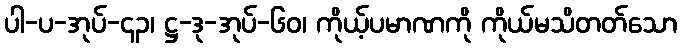
ပါ-ပ-အုပ်-၄၃၊ ဋ္ဌ-ဒု-အုပ်-၆၀၊ ကိုယ့်ပမာဏကို ကိုယ်မသိတတ်သော